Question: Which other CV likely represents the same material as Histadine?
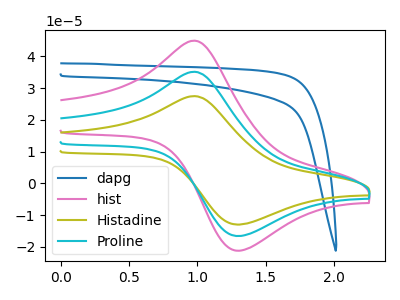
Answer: <think>The blue curve "dapg" has no peaks. The pink curve "hist" has an anodic peak at (1.00V, 44.95uA) and a cathodic peak at (1.30V, -21.20uA). The olive curve "Histadine" has an anodic peak at (1.00V, 70.30uA) and a cathodic peak at (1.30V, -33.15uA). The cyan curve "Proline" has an anodic peak at (1.00V, 35.15uA) and a cathodic peak at (1.30V, -16.55uA).
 "dapg" and "hist" have a different number of peaks. "dapg" and "Histadine" have a different number of peaks. "dapg" and "Proline" have a different number of peaks. All the peaks in "hist" have a peak in "Histadine" at the same potential. Every peak in "hist" is lower than every peak in "Histadine". All the peaks in "hist" have a peak in "Proline" at the same potential. Every peak in "hist" is higher than every peak in "Proline". All the peaks in "Histadine" have a peak in "Proline" at the same potential. Every peak in "Histadine" is higher than every peak in "Proline".</think>
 <answer>"Histadine" and "Proline" have a similar shape to "hist".</answer>
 <eval>"Histadine" "Proline"</eval>